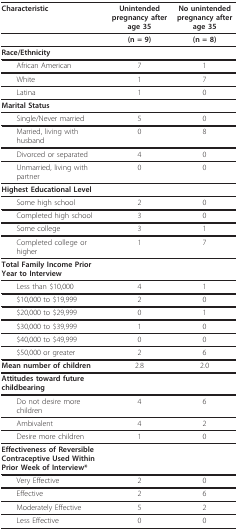
| Characteristic | Unintended pregnancy after age 35 | No unintended pregnancy after age 35 |
 | --- | --- | --- |
 |  | (n = 9) | (n = 8) |
 | Race/Ethnicity |  |  |
 | African American | 7 | 1 |
 | White | 1 | 7 |
 | Latina | 1 | 0 |
 | Marital Status |  |  |
 | Single/Never married | 5 | 0 |
 | Married, living with husband | 0 | 8 |
 | Divorced or separated | 4 | 0 |
 | Unmarried, living with partner | 0 | 0 |
 | Highest Educational Level |  |  |
 | Some high school | 2 | 0 |
 | Completed high school | 3 | 0 |
 | Some college | 3 | 1 |
 | Completed college or higher | 1 | 7 |
 | Total Family Income Prior Year to Interview |  |  |
 | Less than $10,000 | 4 | 1 |
 | $10,000 to $19,999 | 2 | 0 |
 | $20,000 to $29,999 | 0 | 1 |
 | $30,000 to $39,999 | 1 | 0 |
 | $40,000 to $49,999 | 0 | 0 |
 | $50,000 or greater | 2 | 6 |
 | Mean number of children | 2.8 | 2.0 |
 | Attitudes toward future childbearing |  |  |
 | Do not desire more children | 4 | 6 |
 | Ambivalent | 4 | 2 |
 | Desire more children | 1 | 0 |
 | Effectiveness of Reversible Contraceptive Used Within Prior Week of Interview* |  |  |
 | Very Effective | 2 | 0 |
 | Effective | 2 | 6 |
 | Moderately Effective | 5 | 2 |
 | Less Effective | 0 | 0 |